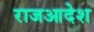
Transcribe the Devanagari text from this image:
राजआदेश